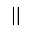
| |